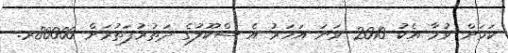
ކަމަށް ވުމާ އެކު 2010 ވަނަ އަހަރު އެ ސްކޫލުގެ ދަތުރުފަތުރަށް 80000ރ.